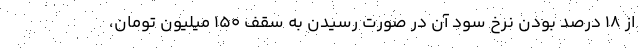
از ۱۸ درصد بودن نرخ سود آن در صورت رسیدن به سقف ۱۵۰ میلیون تومان،